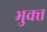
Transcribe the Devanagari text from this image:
भुक्‍त